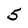
Character: 5